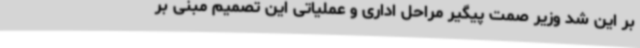
بر این شد وزیر صمت پیگیر مراحل اداری و عملیاتی این تصمیم مبنی بر